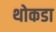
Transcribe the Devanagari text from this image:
थोकडा